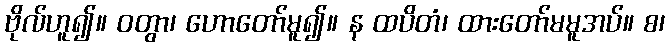
ဗိုလ်ဟူ၍။ ဝတွာ၊ ဟောတော်မူ၍။ န ထပိတံ၊ ထားတော်မမူအပ်။ စ၊